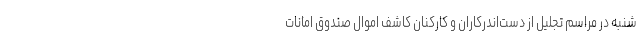
شنبه در مراسم تجلیل از دست‌اندرکاران و کارکنان کاشف اموال صندوق امانات